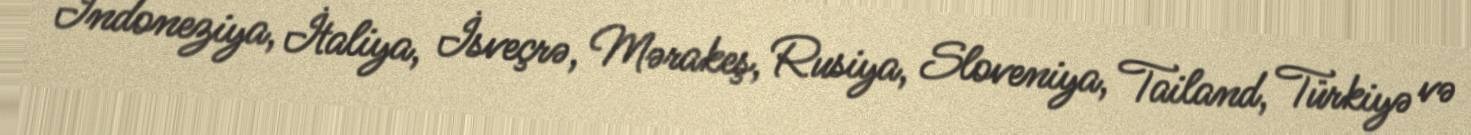
İndoneziya, İtaliya, İsveçrə, Mərakeş, Rusiya, Sloveniya, Tailand, Türkiyə və